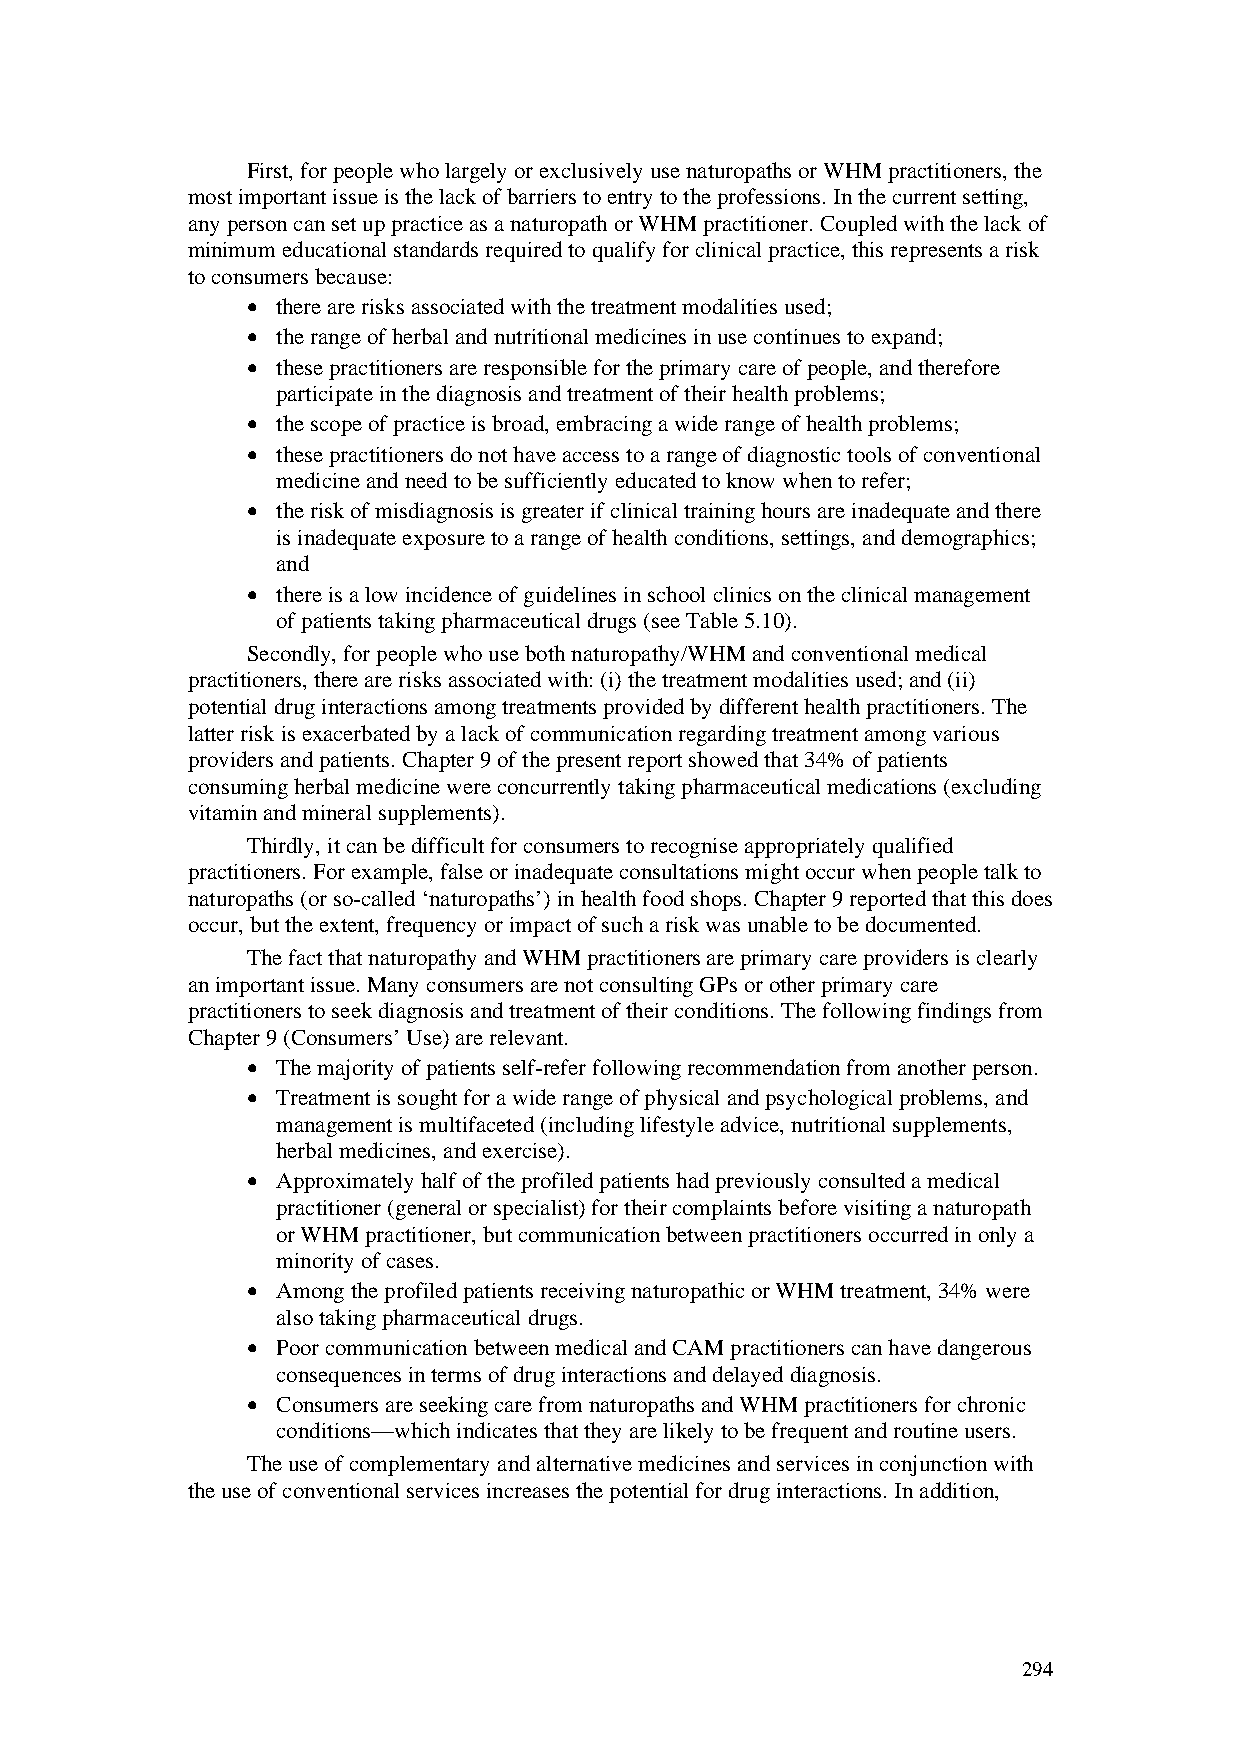
First, for people who largely or exclusively use naturopaths or WHM practitioners, the
 most important issue is the lack of barriers to entry to the professions. In the current setting,
 any person can set up practice as a naturopath or WHM practitioner. Coupled with the lack of
 minimum educational standards required to qualify for clinical practice, this represents a risk
 to consumers because:
 • there are risks associated with the treatment modalities used;
 • the range of herbal and nutritional medicines in use continues to expand;
 • these practitioners are responsible for the primary care of people, and therefore
 participate in the diagnosis and treatment of their health problems;
 • the scope of practice is broad, embracing a wide range of health problems;
 • these practitioners do not have access to a range of diagnostic tools of conventional
 medicine and need to be sufficiently educated to know when to refer;
 • the risk of misdiagnosis is greater if clinical training hours are inadequate and there
 is inadequate exposure to a range of health conditions, settings, and demographics;
 and
 • there is a low incidence of guidelines in school clinics on the clinical management
 of patients taking pharmaceutical drugs (see Table 5.10).
 Secondly, for people who use both naturopathy/WHM and conventional medical
 practitioners, there are risks associated with: (i) the treatment modalities used; and (ii)
 potential drug interactions among treatments provided by different health practitioners. The
 latter risk is exacerbated by a lack of communication regarding treatment among various
 providers and patients. Chapter 9 of the present report showed that 34% of patients
 consuming herbal medicine were concurrently taking pharmaceutical medications (excluding
 vitamin and mineral supplements).
 Thirdly, it can be difficult for consumers to recognise appropriately qualified
 practitioners. For example, false or inadequate consultations might occur when people talk to
 naturopaths (or so-called ‘naturopaths’) in health food shops. Chapter 9 reported that this does
 occur, but the extent, frequency or impact of such a risk was unable to be documented.
 The fact that naturopathy and WHM practitioners are primary care providers is clearly
 an important issue. Many consumers are not consulting GPs or other primary care
 practitioners to seek diagnosis and treatment of their conditions. The following findings from
 Chapter 9 (Consumers’ Use) are relevant.
 • The majority of patients self-refer following recommendation from another person.
 • Treatment is sought for a wide range of physical and psychological problems, and
 management is multifaceted (including lifestyle advice, nutritional supplements,
 herbal medicines, and exercise).
 • Approximately half of the profiled patients had previously consulted a medical
 practitioner (general or specialist) for their complaints before visiting a naturopath
 or WHM practitioner, but communication between practitioners occurred in only a
 minority of cases.
 • Among the profiled patients receiving naturopathic or WHM treatment, 34% were
 also taking pharmaceutical drugs.
 • Poor communication between medical and CAM practitioners can have dangerous
 consequences in terms of drug interactions and delayed diagnosis.
 • Consumers are seeking care from naturopaths and WHM practitioners for chronic
 conditions—which indicates that they are likely to be frequent and routine users.
 The use of complementary and alternative medicines and services in conjunction with
 the use of conventional services increases the potential for drug interactions. In addition,
 294